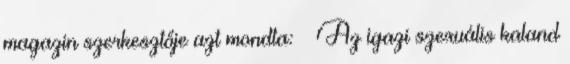
magazin szerkesztője azt mondta: – Az igazi szexuális kaland